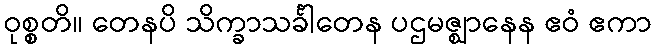
ဝုစ္စတိ။ တေနပိ သိက္ခာသင်္ခါတေန ပဌမဇ္ဈာနေန ဧဝံ ဧကာ